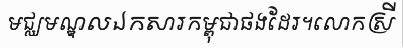
មជ្ឈមណ្ឌលឯកសារកម្ពុជាផងដែរ។លោកស្រី